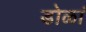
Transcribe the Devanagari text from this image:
डोळां